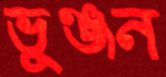
ভুঞ্জন